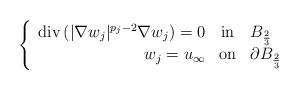
LaTeX: \begin{align*} \left \{\begin{array}{rcl} \mathrm{div} \left( |\nabla w_j|^{p_j-2} \nabla w_j \right) = 0 & \textrm{in} & B_{\frac{2}{3}}\\ w_j = u_\infty & \textrm{on} & \partial B_{\frac{2}{3}}\\\end{array}\right.\end{align*}